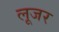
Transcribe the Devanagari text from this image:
लूजर